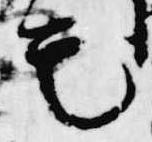
モ